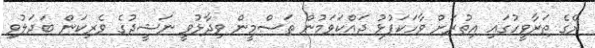
ރޭގެ ތަރާވީހުގައި އިތުރަށް ވާހަކަފުޅު ދައްކަވަމުން ތަސްމީން ވިދާޅުވީ ނަޝީދުގެ ވެރިކަން ބަދަލުވި